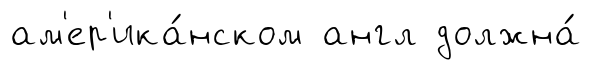
ам'ер'ика́нском англ должна́